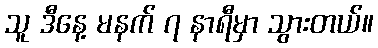
သူ ဒီနေ့ မနက် ၇ နာရီမှာ သွားတယ်။